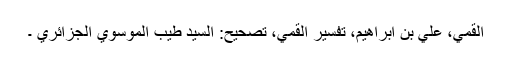
القمي، علي بن ابراهيم، تفسير القمي، تصحیح: السيد طيب الموسوي الجزائري ۔